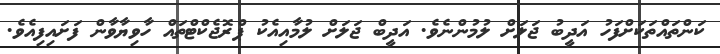
ކަންތައްތަކަށްފަހު އަދީބު ޖަލަށް ލުމުންނެވެ. އަދީބް ޖަލަށް ލުމާއިއެކު ޕްރޮޖެކްޓްތައް ހާވިޔާވާން ފަށައިފިއެވެ.